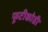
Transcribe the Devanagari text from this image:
फूटीकोठी